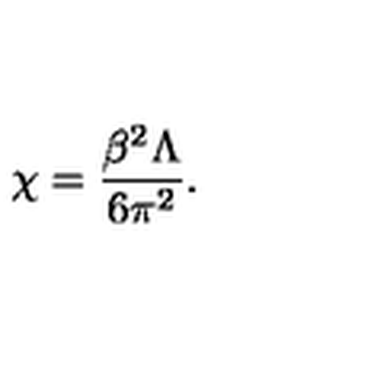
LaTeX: \chi = \frac { \beta ^ { 2 } \Lambda } { 6 \pi ^ { 2 } } .